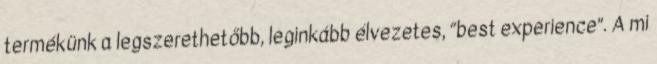
termékünk a legszerethetőbb, leginkább élvezetes, “best experience”. A mi